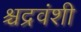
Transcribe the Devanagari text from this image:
श्चद्रवंशी